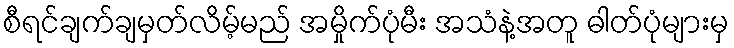
စီရင်ချက်ချမှတ်လိမ့်မည် အမှိုက်ပုံမီး အသံနဲ့အတူ ဓါတ်ပုံများမှ